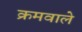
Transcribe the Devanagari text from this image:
क्रमवाले